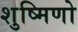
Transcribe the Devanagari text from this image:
शुष्मिणो